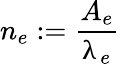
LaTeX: n_{e}:=\frac{A_{e}}{\uplambda_{e}}